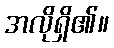
အလိုရှိ၏။